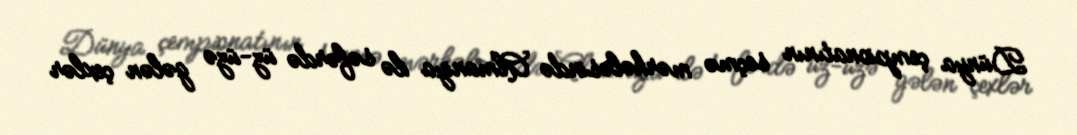
Dünya çempionatının seçmə mərhələsində Almaniya ilə səfərdə üz-üzə gələn çexlər